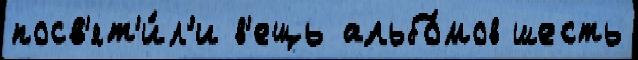
посв'ят'и́л'и в'ещь альбо́мов шесть